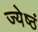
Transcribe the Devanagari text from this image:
ज्येष्ठं